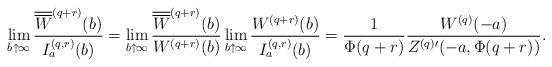
LaTeX: \begin{align*} \lim_{b \uparrow \infty} \frac {\overline{\overline{W}}^{(q+r)}(b) } {I_a^{(q,r)}(b)} = \lim_{b \uparrow \infty} \frac {\overline{\overline{W}}^{(q+r)}(b) } {W^{(q+r)}(b)} \lim_{b \uparrow \infty} \frac {W^{(q+r)}(b)} {I_a^{(q,r)}(b)} = \frac {1} {\Phi(q+r)} \frac {W^{(q)}(-a)} { Z^{(q)\prime}(-a, \Phi(q+r))}. \end{align*}